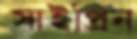
সাইপ্রিন